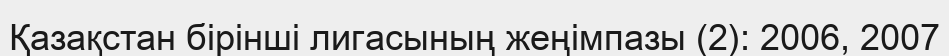
Қазақстан бірінші лигасының жеңімпазы (2): 2006, 2007